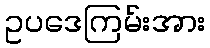
ဥပဒေကြမ်းအား